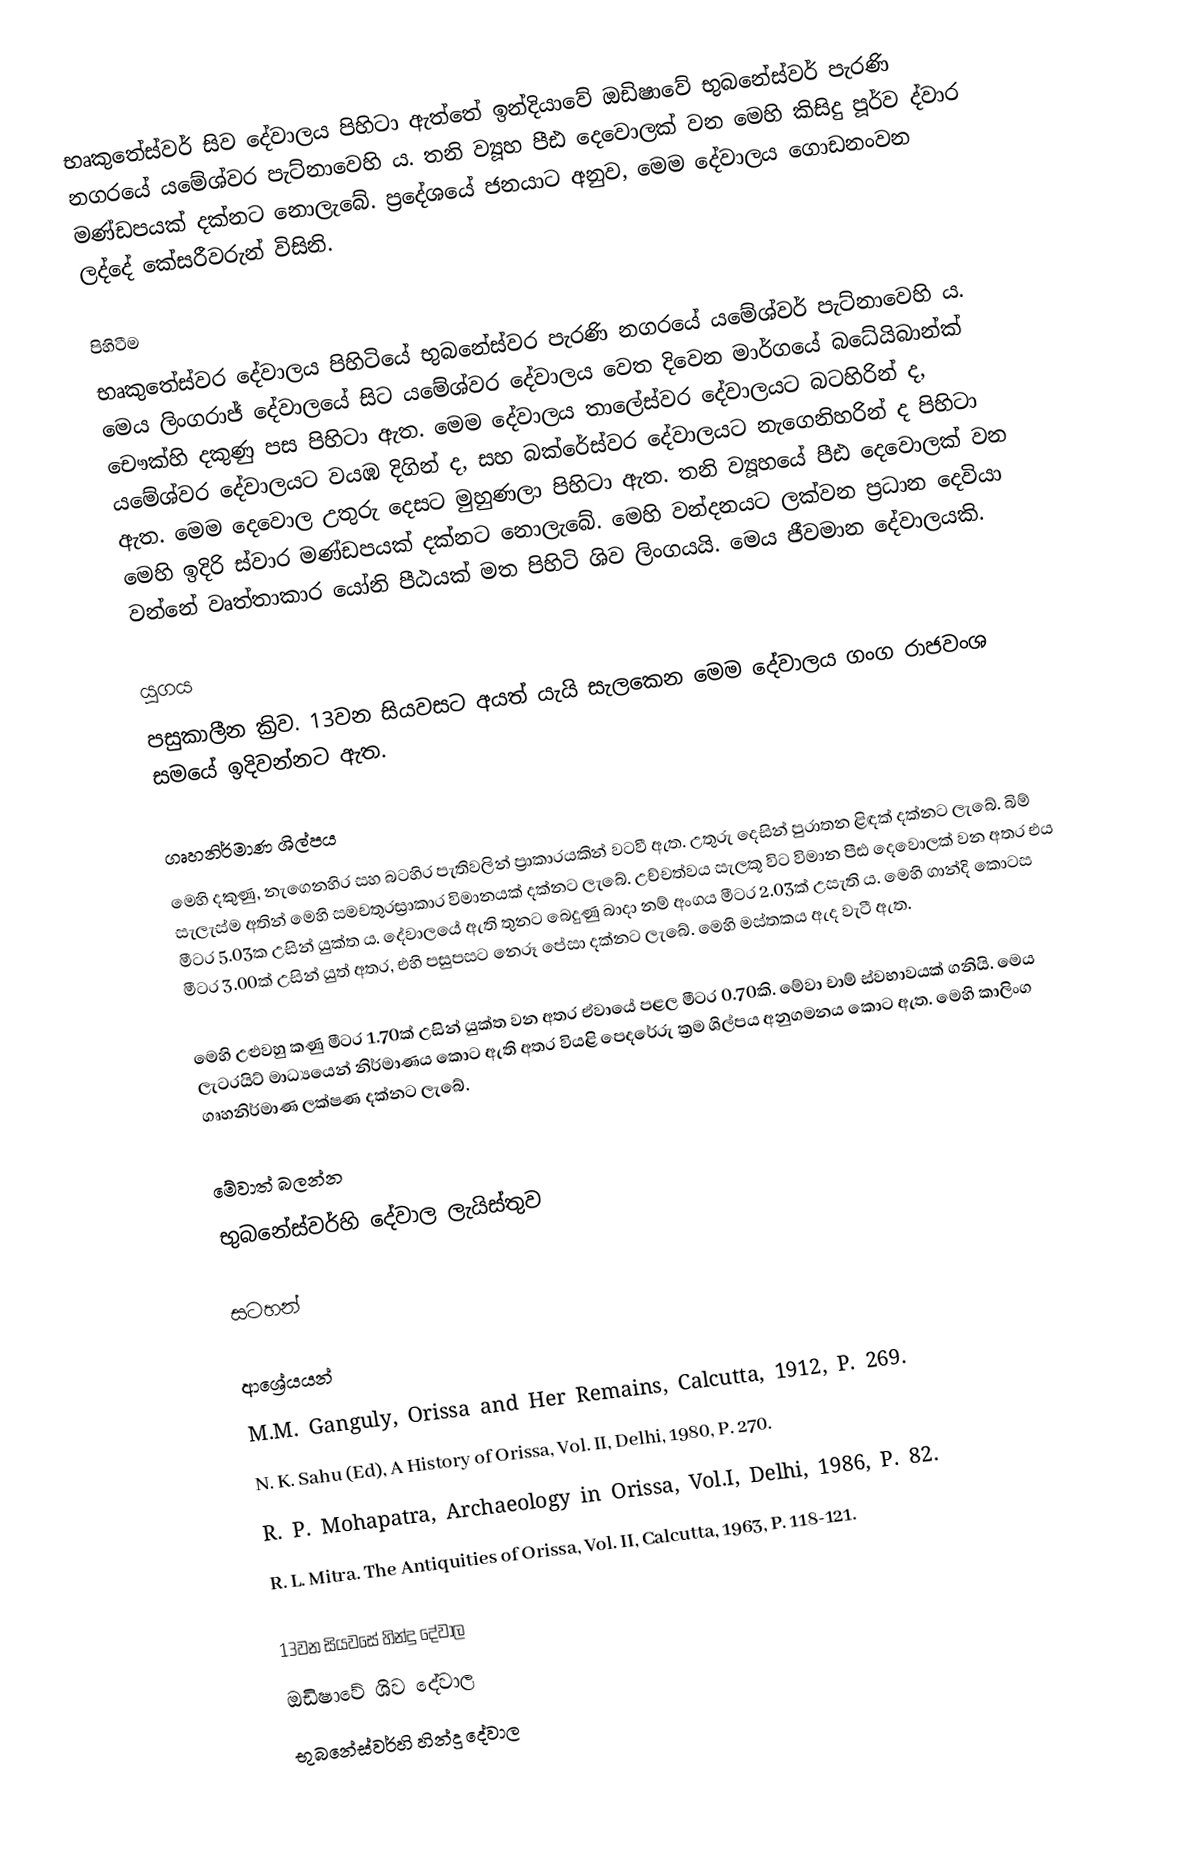
භෘකුතේස්වර් සිව දේවාලය පිහිටා ඇත්තේ ඉන්දියාවේ ඔඩිෂාවේ භුබනේස්වර් පැරණි නගරයේ යමේශ්වර පැට්නාවෙහි ය. තනි ව්‍යූහ පීඪ දෙවොලක් වන මෙහි කිසිදු පූර්ව ද්වාර මණ්ඩපයක් දක්නට නොලැබේ. ප්‍රදේශයේ ජනයාට අනුව, මෙම දේවාලය ගොඩනංවන ලද්දේ කේසරීවරුන් විසිනි.

පිහිටීම
භෘකුතේස්වර දේවාලය පිහිටියේ භුබනේස්වර පැරණි නගරයේ යමේශ්වර් පැට්නාවෙහි ය. මෙය ලිංගරාජ් දේවාලයේ සිට යමේශ්වර දේවාලය වෙත දිවෙන මාර්ගයේ බධේයිබාන්ක් චෞක්හි දකුණු පස පිහිටා ඇත. මෙම දේවාලය තාලේස්වර දේවාලයට  බටහිරින් ද, යමේශ්වර දේවාලයට  වයඹ දිගින් ද, සහ බක්රේස්වර දේවාලයට  නැගෙනිහරින් ද පිහිටා ඇත. මෙම දෙවොල උතුරු දෙසට මුහුණලා පිහිටා ඇත. තනි ව්‍යූහයේ පීඪ දෙවොලක් වන මෙහි ඉදිරි ස්වාර මණ්ඩපයක් දක්නට නොලැබේ. මෙහි වන්දනයට ලක්වන ප්‍රධාන දෙවියා වන්නේ වෘත්තාකාර යෝනි පීඨයක් මත පිහිටි ශිව ලිංගයයි. මෙය ජීවමාන දේවාලයකි.

යුගය
පසුකාලීන ක්‍රිව. 13වන සියවසට අයත් යැයි සැලකෙන මෙම දේවාලය ගංග රාජවංශ සමයේ ඉදිවන්නට ඇත.

ගෘහනිර්මාණ ශිල්පය
මෙහි දකුණු, නැගෙනහිර සහ බටහිර පැතිවලින් ප්‍රාකාරයකින් වටවී ඇත. උතුරු දෙසින් පුරාතන ළිඳක් දක්නට ලැබේ. බිම් සැලැස්ම අතින් මෙහි සමචතුරස්‍රාකාර විමානයක් දක්නට ලැබේ. උච්චත්වය සැලකූ විට විමාන පීඪ දෙවොලක් වන අතර එය මීටර 5.03ක උසින් යුක්ත ය. දේවාලයේ ඇති තුනට බෙදුණු බාදා නම් අංගය මීටර 2.03ක් උසැති ය. මෙහි ගාන්දි කොටස මීටර 3.00ක් උසින් යුත් අතර, එහි පසුපසට නෙරූ පේසා දක්නට ලැබේ. මෙහි මස්තකය ඇද වැටී ඇත.

මෙහි උළුවහු කණු මීටර 1.70ක් උසින් යුක්ත වන අතර ඒවායේ පළල මීටර 0.70කි. මේවා චාම් ස්වභාවයක් ගනියි. මෙය ලැටරයිට් මාධ්‍යයෙන් නිර්මාණය කොට ඇති අතර වියළි පෙදරේරු ක්‍රම ශිල්පය අනුගමනය කොට ඇත. මෙහි කාලිංග ගෘහනිර්මාණ ලක්ෂණ දක්නට ලැබේ.

මේවාත් බලන්න
 භුබනේස්වර්හි දේවාල ලැයිස්තුව

සටහන්

ආශ්‍රේයයන්
M.M. Ganguly, Orissa and Her Remains, Calcutta, 1912, P. 269.
N. K. Sahu (Ed), A History of Orissa, Vol. II, Delhi, 1980, P. 270.
R. P. Mohapatra, Archaeology in Orissa, Vol.I, Delhi, 1986, P. 82.
R. L. Mitra. The Antiquities of Orissa, Vol. II, Calcutta, 1963, P. 118-121.

13වන සියවසේ හින්දු දේවාල
ඔඩිෂාවේ ශිව දේවාල
භුබනේස්වර්හි හින්දු දේවාල